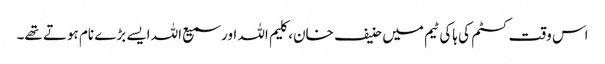
اس وقت کسٹم کی ہاکی ٹیم میں حنیف خان، کلیم اللہ اور سمیع اللہ ایسے بڑے نام ہوتے تھے۔